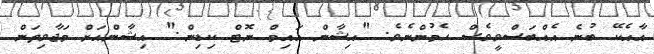
އާއެކޭ ބުނެ އެއްބަސްވީވެސް ހެމުންނެވެ. "އިޝާން އައިމް ނޮޓް ކިޑިން." އިޝާންއަށް މަޖާވިތަން